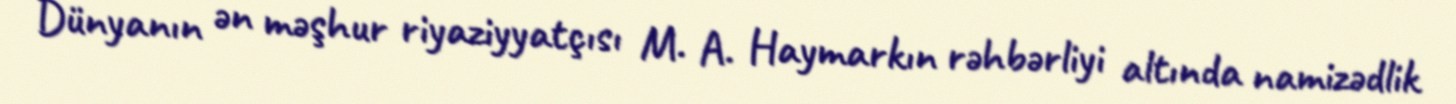
Dünyanın ən məşhur riyaziyyatçısı M. A. Haymarkın rəhbərliyi altında namizədlik